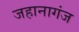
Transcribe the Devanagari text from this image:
जहानागंज